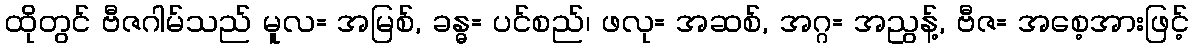
ထိုတွင် ဗီဇဂါမ်သည် မူလ= အမြစ်, ခန္ဓ= ပင်စည်၊ ဖလု= အဆစ်, အဂ္ဂ= အညွန့်, ဗီဇ= အစေ့အားဖြင့်